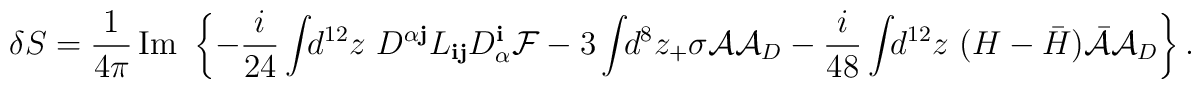
\delta S =  \frac{1}{4\pi} \,\mbox{Im} \,\, \left\{ - \frac{i}{24} \int\!\!  d^{12}z\ D^{\alpha {\mathbf j}}  L_{{\mathbf i}{\mathbf j}} D_\alpha^{\mathbf i} {\cal F}  -3 \int\!\! d^8z_+  \sigma {\cal  A}{\cal A}_D - \frac{i}{48} \int\!\!  d^{12}z\ (H -  {\bar H}) {\bar{\cal A}} {\cal A}_D \right\}.